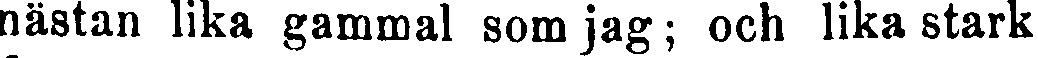
nästan lika gammal som jag; och lika stark